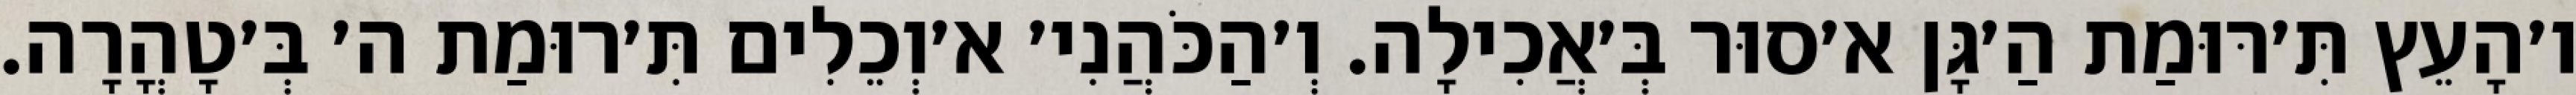
ו׳הָעֵץ תִּ׳רּוּמַת הַ׳גָּן א׳סוּר בְּ׳אֲכִילָה. וְ׳הַכֹּהֲנִי׳ א׳וְכֵלִים תִּ׳רוּמַת ה׳ בְּ׳טָהֳרָה.